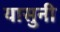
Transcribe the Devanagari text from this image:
यासुनी